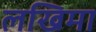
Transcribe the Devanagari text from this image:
लखिमा